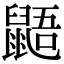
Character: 鼯